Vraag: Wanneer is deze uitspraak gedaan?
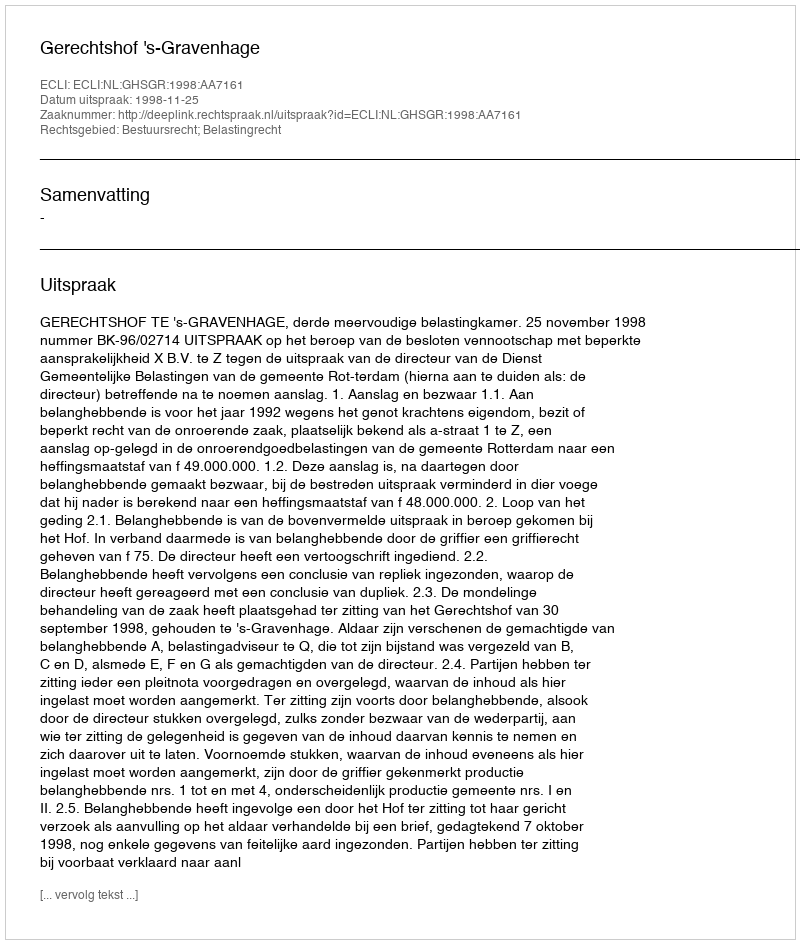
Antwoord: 1998-11-25